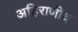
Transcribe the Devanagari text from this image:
अहिराणीच